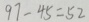
9 7 - 4 5 = 5 2